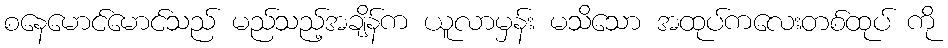
စနေမောင်မောင်သည် မည်သည့်အချိန်က ယူလာမှန်း မသိသော အထုပ်ကလေးတစ်ထုပ် ကို